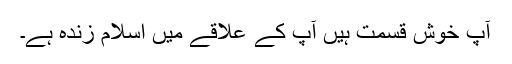
آپ خوش قسمت ہیں آپ کے علاقے میں اسلام زندہ ہے۔